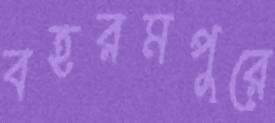
বহরমপুরে